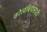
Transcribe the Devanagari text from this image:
कोलंबियासाठी